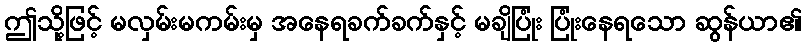
ဤသို့ဖြင့် မလှမ်းမကမ်းမှ အနေရခက်ခက်နှင့် မချိပြုံး ပြုံးနေရသော ဆွန်ယာ၏